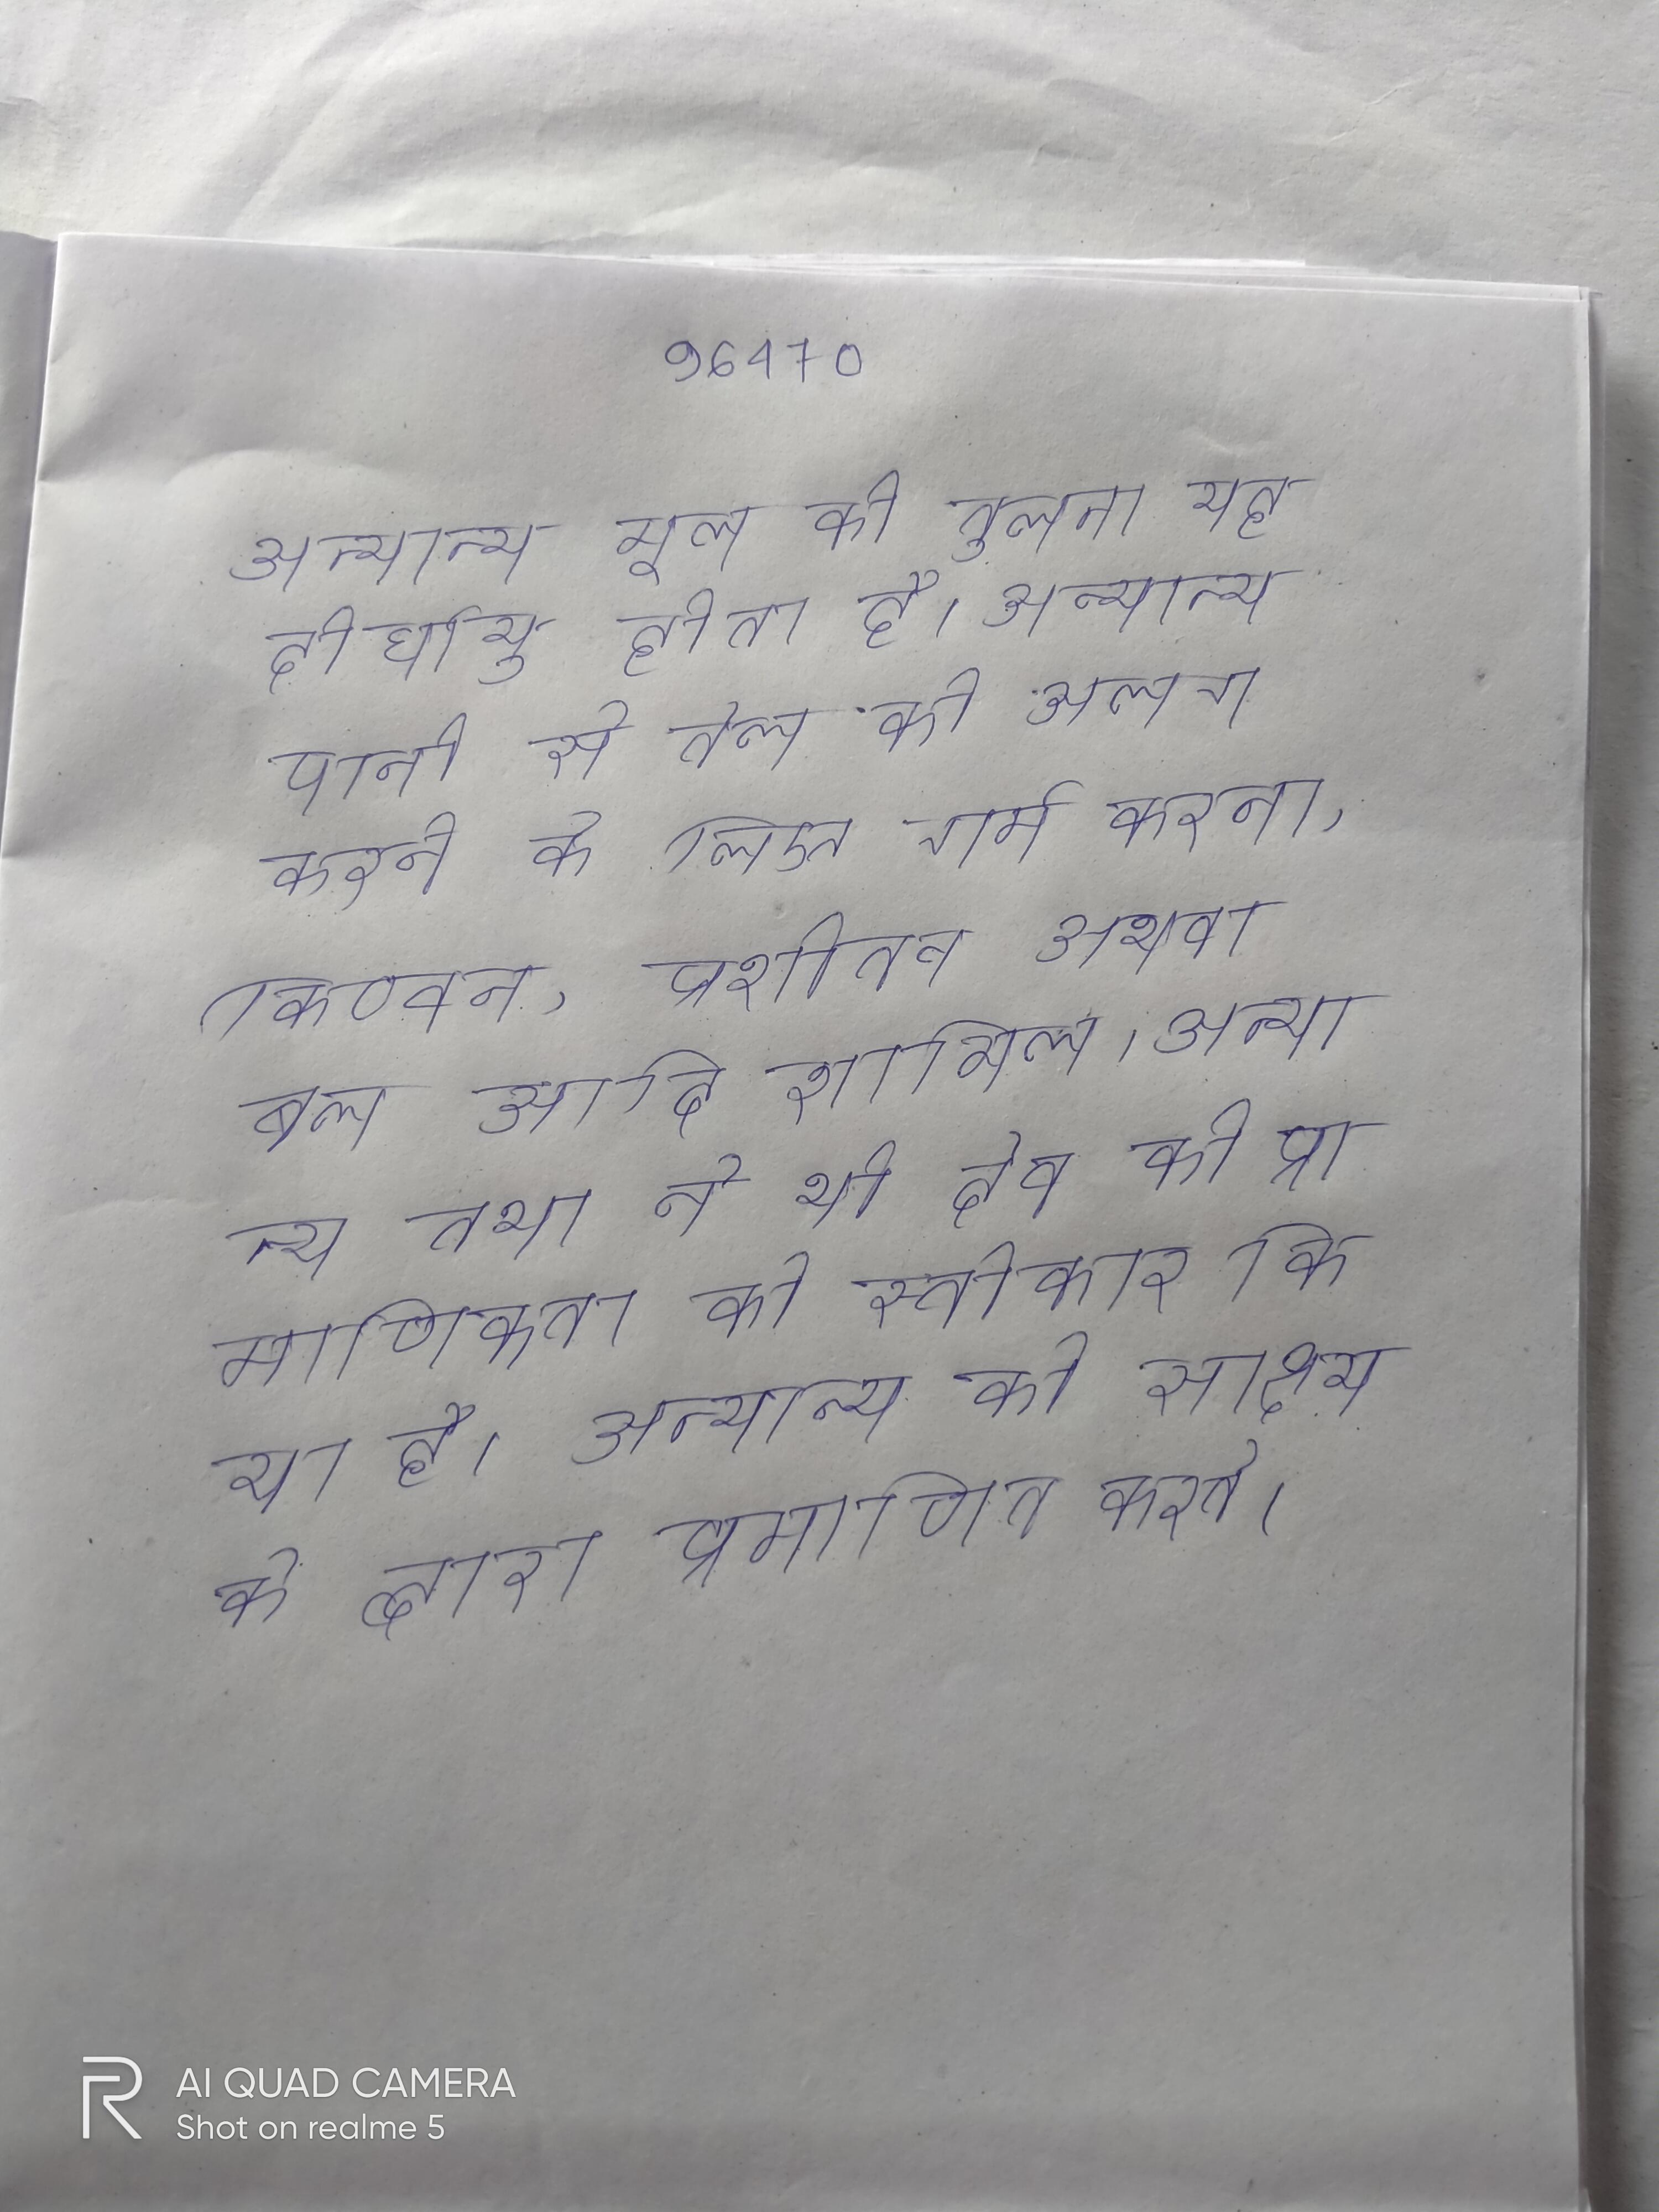
अन्यान्य मूल की तुलना यह दीर्घायु होता है । अन्यान्य पानी से तेल को अलग करने के लिए गर्म करना, किण्वन, प्रशीतन अथवा बल आदि शामिल । अन्यान्य तथा ने भी देव की प्रामाणिकता को स्वीकार किया है । अन्यान्य को साक्ष्य के द्वारा प्रमाणित करते ।